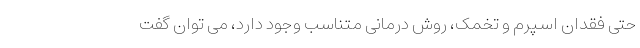
حتی فقدان اسپرم و تخمک، روش درمانی متناسب وجود دارد، می توان گفت